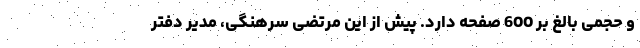
و حجمی بالغ بر 600 صفحه دارد. پیش از این مرتضی سرهنگی، مدیر دفتر